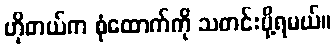
ဟိုတယ်က စုံထောက်ကို သတင်းပို့ရမယ်။